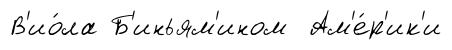
В'ио́ла Б'иньям'ином Ам'е́р'ик'и